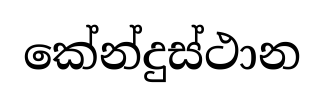
කේන්දුස්ථාන